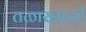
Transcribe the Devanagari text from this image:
तळाखाली